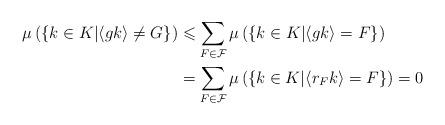
LaTeX: \begin{align*}\mu\left(\left\{ k\in K\middle|\left\langle {g}{k}\right\rangle \neq G\right\}\right) & \leqslant\sum_{F\in\mathcal{F}}\mu\left(\left\{ {k}\in K\middle|\left\langle {g}{k}\right\rangle =F\right\}\right) \\ & =\sum_{F\in\mathcal{F}}\mu\left(\left\{ {k}\in K\middle|\left\langle {r}_{F}{k}\right\rangle =F\right\}\right)=0\end{align*}